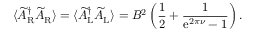
\langle \widetilde { A } _ { \mathrm { R } } ^ { \dagger } \widetilde { A } _ { \mathrm { R } } \rangle = \langle \widetilde { A } _ { \mathrm { L } } ^ { \dagger } \widetilde { A } _ { \mathrm { L } } \rangle = { \cal B } ^ { 2 } \left( \frac { 1 } { 2 } + \frac { 1 } { \mathrm { e } ^ { 2 \pi \nu } - 1 } \right) .